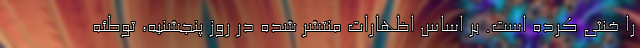
را خنثی کرده است. بر اساس اظهارات منتشر شده در روز پنجشنبه، توطئه